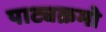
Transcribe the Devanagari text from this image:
पाट्यक्रमो